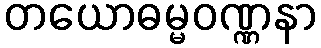
တယောဓမ္မဝဏ္ဏနာ